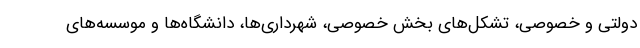
دولتی و خصوصی، تشکل‌های بخش خصوصی، شهرداری‌ها، دانشگاه‌ها و موسسه‌های